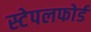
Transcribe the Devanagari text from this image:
स्टेपलफोर्ड